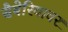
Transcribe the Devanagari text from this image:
सैबेरियावर